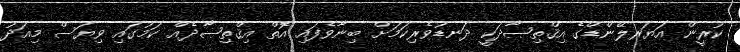
ކުރީން އަޔަރލޭންޑްގެ އިޤްތިޞާދަކީ ދަނޑުވެރިކަމަށް ބިނާވެފައި އޮތް އިޤްތިޞާދެއް ކަމުގައި ވިޔަސް މިއަދު